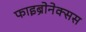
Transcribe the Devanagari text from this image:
फाइब्रोनेक्सस